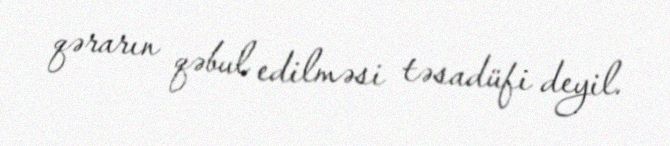
qərarın qəbul edilməsi təsadüfi deyil.